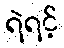
ရဲရင့်